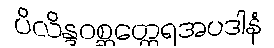
ပိလိန္ဒဝစ္ဆတ္ထေရအပဒါနံ